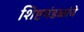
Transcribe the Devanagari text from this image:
शिष्टमंडळांचे